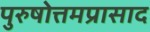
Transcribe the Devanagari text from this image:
पुरुषोत्तमप्रासाद